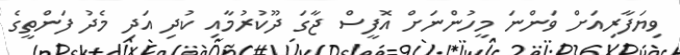
ވިޔަފާރިއަށް ވަންނަ މީހުންނަށް އޮފީސް ޖާގަ ދޫކުރުމާއި ކުދި އަދި މެދު ފަންތީގެ